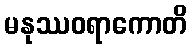
မနုဿဝရာကောတိ